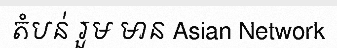
តំបន់ រួម មាន Asian Network